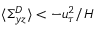
\langle \Sigma _ { y z } ^ { D } \rangle < - u _ { \tau } ^ { 2 } / H